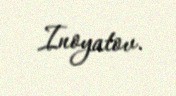
Inoyatov.